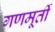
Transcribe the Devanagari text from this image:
गणमूर्ती